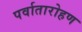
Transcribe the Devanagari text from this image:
पर्वातारोहण